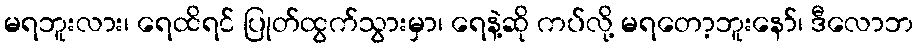
မရဘူးလား၊ ရေထိရင် ပြုတ်ထွက်သွားမှာ၊ ရေနဲ့ဆို ကပ်လို့ မရတော့ဘူးနော်၊ ဒီလောဘ